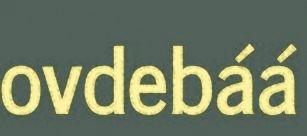
ovdebáá